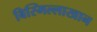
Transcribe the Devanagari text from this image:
बिस्मिल्लाखान